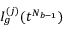
I _ { g } ^ { ( j ) } ( t ^ { N _ { b - 1 } } )